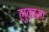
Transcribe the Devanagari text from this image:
लुकासा